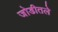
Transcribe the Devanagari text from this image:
जोडीतले